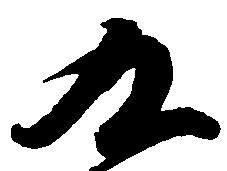
九